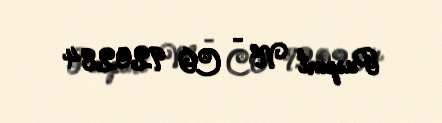
Pasport № - CO 920284